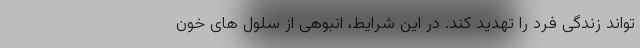
تواند زندگی فرد را تهدید کند. در این شرایط، انبوهی از سلول های خون